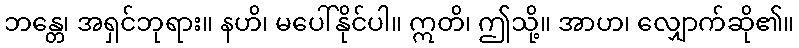
ဘန္တေ၊ အရှင်ဘုရား။ နဟိ၊ မပေါ်နိုင်ပါ။ ဣတိ၊ ဤသို့။ အာဟ၊ လျှောက်ဆို၏။